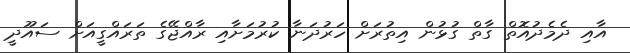
އާއި ދެމެދުއޮތް ގާތް ގުޅުން އިތުރަށް ހަރުދަނާ ކުރުމަށާއި ރާއްޖޭގެ ތަރައްގީއަށް ސައޫދީ